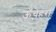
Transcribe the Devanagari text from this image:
ऊँचेहरा